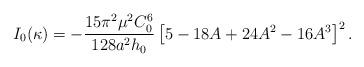
LaTeX: \begin{align*}I_0(\kappa) = - \frac{15 \pi^2 \mu^2 C_0^6}{128 a^2 h_0} \left[ 5 - 18 A + 24 A^2 - 16 A^3 \right]^2.\end{align*}